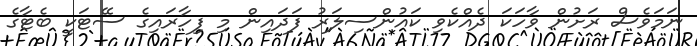
ނަމަވެސް ރަށުން ވާހަކަ ދެއްކެވި ކައުންސިލަރު ފަދައިން މި ފިހާރައިގެ ސޭޓަކީ ބެޓާގެ